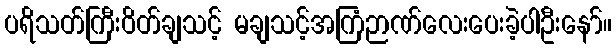
ပရိသတ်ကြီးဝိတ်ချသင့် မချသင့်အကြံဉာဏ်လေးပေးခဲ့ပါဦးနော်။